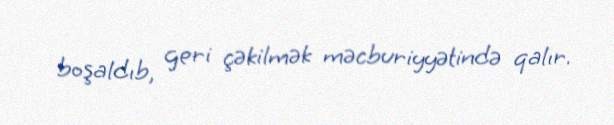
boşaldıb, geri çəkilmək məcburiyyətində qalır.